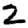
Digit: 2